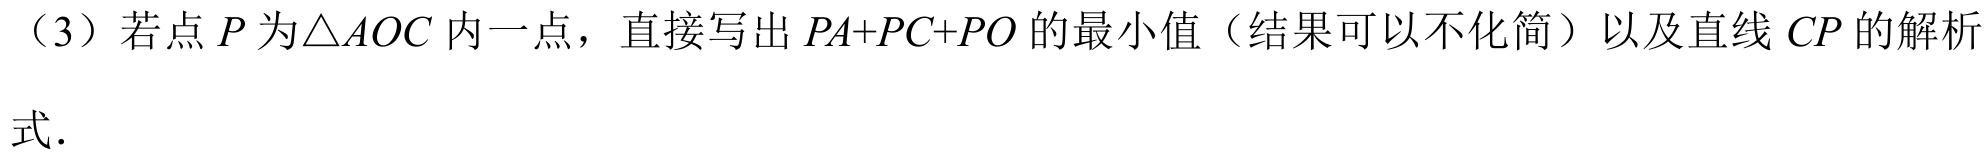
（3）若点$P$为$\triangle AOC$内一点，直接写出$PA + PC+PO$的最小值（结果可以不化简）以及直线$CP$的解析
式.